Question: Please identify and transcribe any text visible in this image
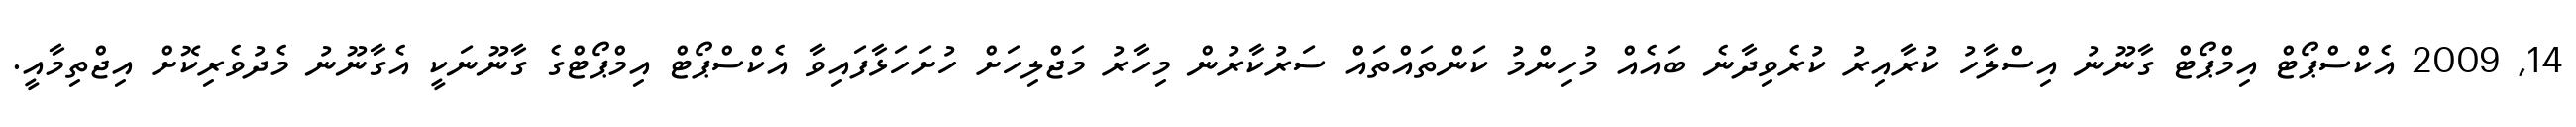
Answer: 14, 2009 އެކްސްޕޯޓް އިމްޕޯޓް ގާނޫނު އިސްލާހު ކުރާއިރު ކުރެވިދާނެ ބައެއް މުހިންމު ކަންތައްތައް ސަރުކާރުން މިހާރު މަޖްލިހަށް ހުށަހަޅާފައިވާ އެކްސްޕޯޓް އިމްޕޯޓްގެ ގާނޫނަކީ އެގާނޫނު މެދުވެރިކޮށް އިޖްތިމާއީ.